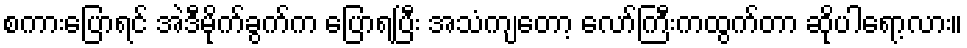
စကားပြောရင် အဲဒီမိုက်ခွက်က ပြောရပြီး အသံကျတော့ လော်ကြီးကထွက်တာ ဆိုပါရော့လား။